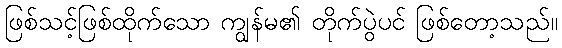
ဖြစ်သင့်ဖြစ်ထိုက်သော ကျွန်မ၏ တိုက်ပွဲပင် ဖြစ်တော့သည်။